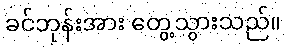
ခင်ဘုန်းအား တွေ့သွားသည်။